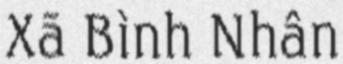
Xã Bình Nhân